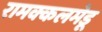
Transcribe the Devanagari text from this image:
रामक्कलमेडू